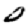
Digit: 0